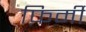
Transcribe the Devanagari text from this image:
फ़िर्मी